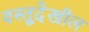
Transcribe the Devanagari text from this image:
वस्तूदेखील